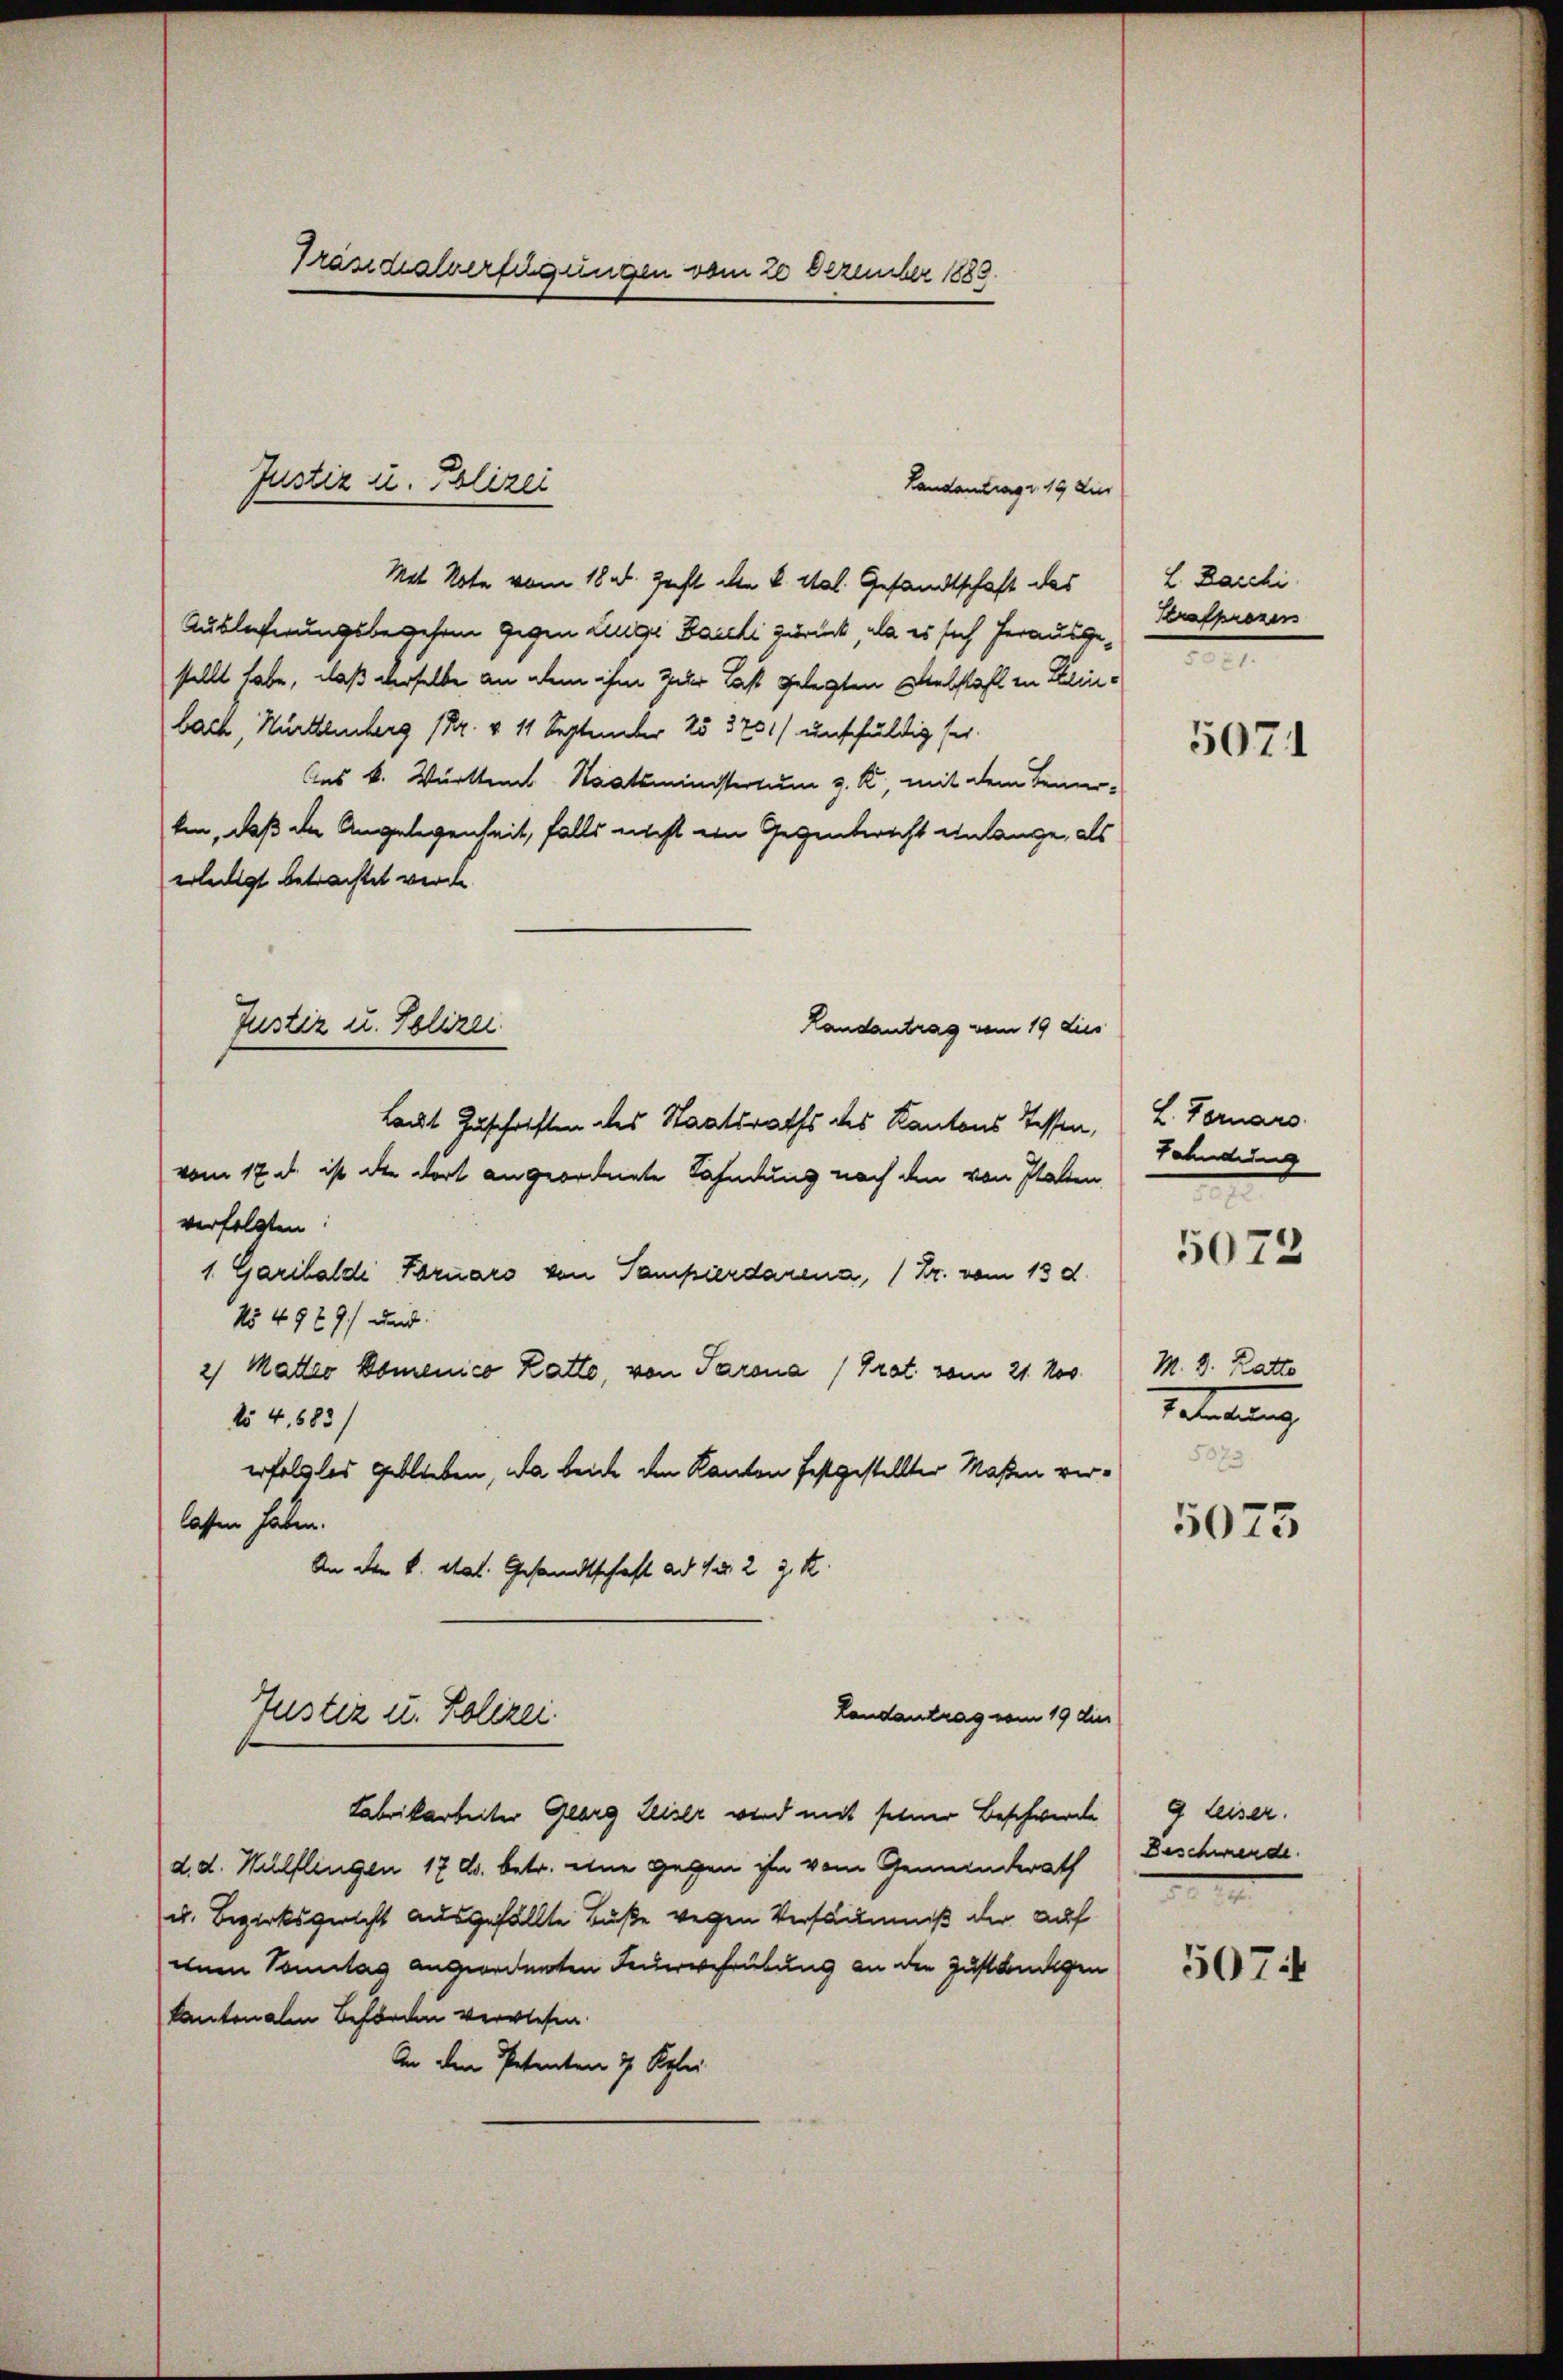
Präsidialverfügungen vom 20 Dezember 1883.

Handantrags 19 die
Mit Note vom 18. d. Recht die k. Mal. Gesandtschaft des
Auslieferungsbegehen gegen Zuge Bauli zurück, als es sich herausgestellt habe, daß derselbe an dem ihm zur Last gelegten Diebstahl in Leinbach, Hurtemberg (Dr. v. 11 September 25 3701/ unschuldig sei.
Aus K. Württem Staatsministerium z. K., mit dem Bemer-
ten, daß die Angelegenheit, falls nicht ein Gegentwicht einlange, als
erledigt betrachtet werde.
Randantrag vom 19 dies
Laut Zuschriften des Staatsraths des Kantons Tessen,
vom 17. d. ist die dort angeordnete Fahndung nach den von Statten
verfolgten.
1 Garihalde Faruars von Sampierdarena, / Dr. vom 13 d
No 49 x 9) und
2) Matteo komenico Katto, von Parona (Grat vom 21. Nov.
N54, 683)
erfolglos geblieben, da beide den Kanton festgestellter Maßen verlassen haben.
An den k. Stat. Gesandtschaft ad Nr. 2 J. K.
Landantrag vom 19 dies
Justiz u. Polizei.
Fabrikarbeiter Glarg Leiser wird mit seiner Beschwerde
d. d. Hilflingen 17. ds. betr. eine gegen ihn vom Gemeinderath
u. Bezirksgericht ausgefällte Buße wegen Versäumniß der auf
vem Sonntag angeordneten Feuerwehrübung an die Zuständigen
kantonalen Beförden verwiesen.
An den Petenten 7 Rplei

Justiz u. Polizei

Justiz u. Polizei

L. Darchi
Strafprozers
n

5071

L. Fornars.
Sahndung
M. D. Katto
Beteilung
5073

5073

5075

9 leiser.
Beschwerde
e

507